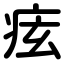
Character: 痃